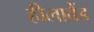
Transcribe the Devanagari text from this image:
हीलाबैंड